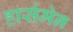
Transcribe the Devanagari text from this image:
हार्समेन